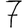
Digit: 7